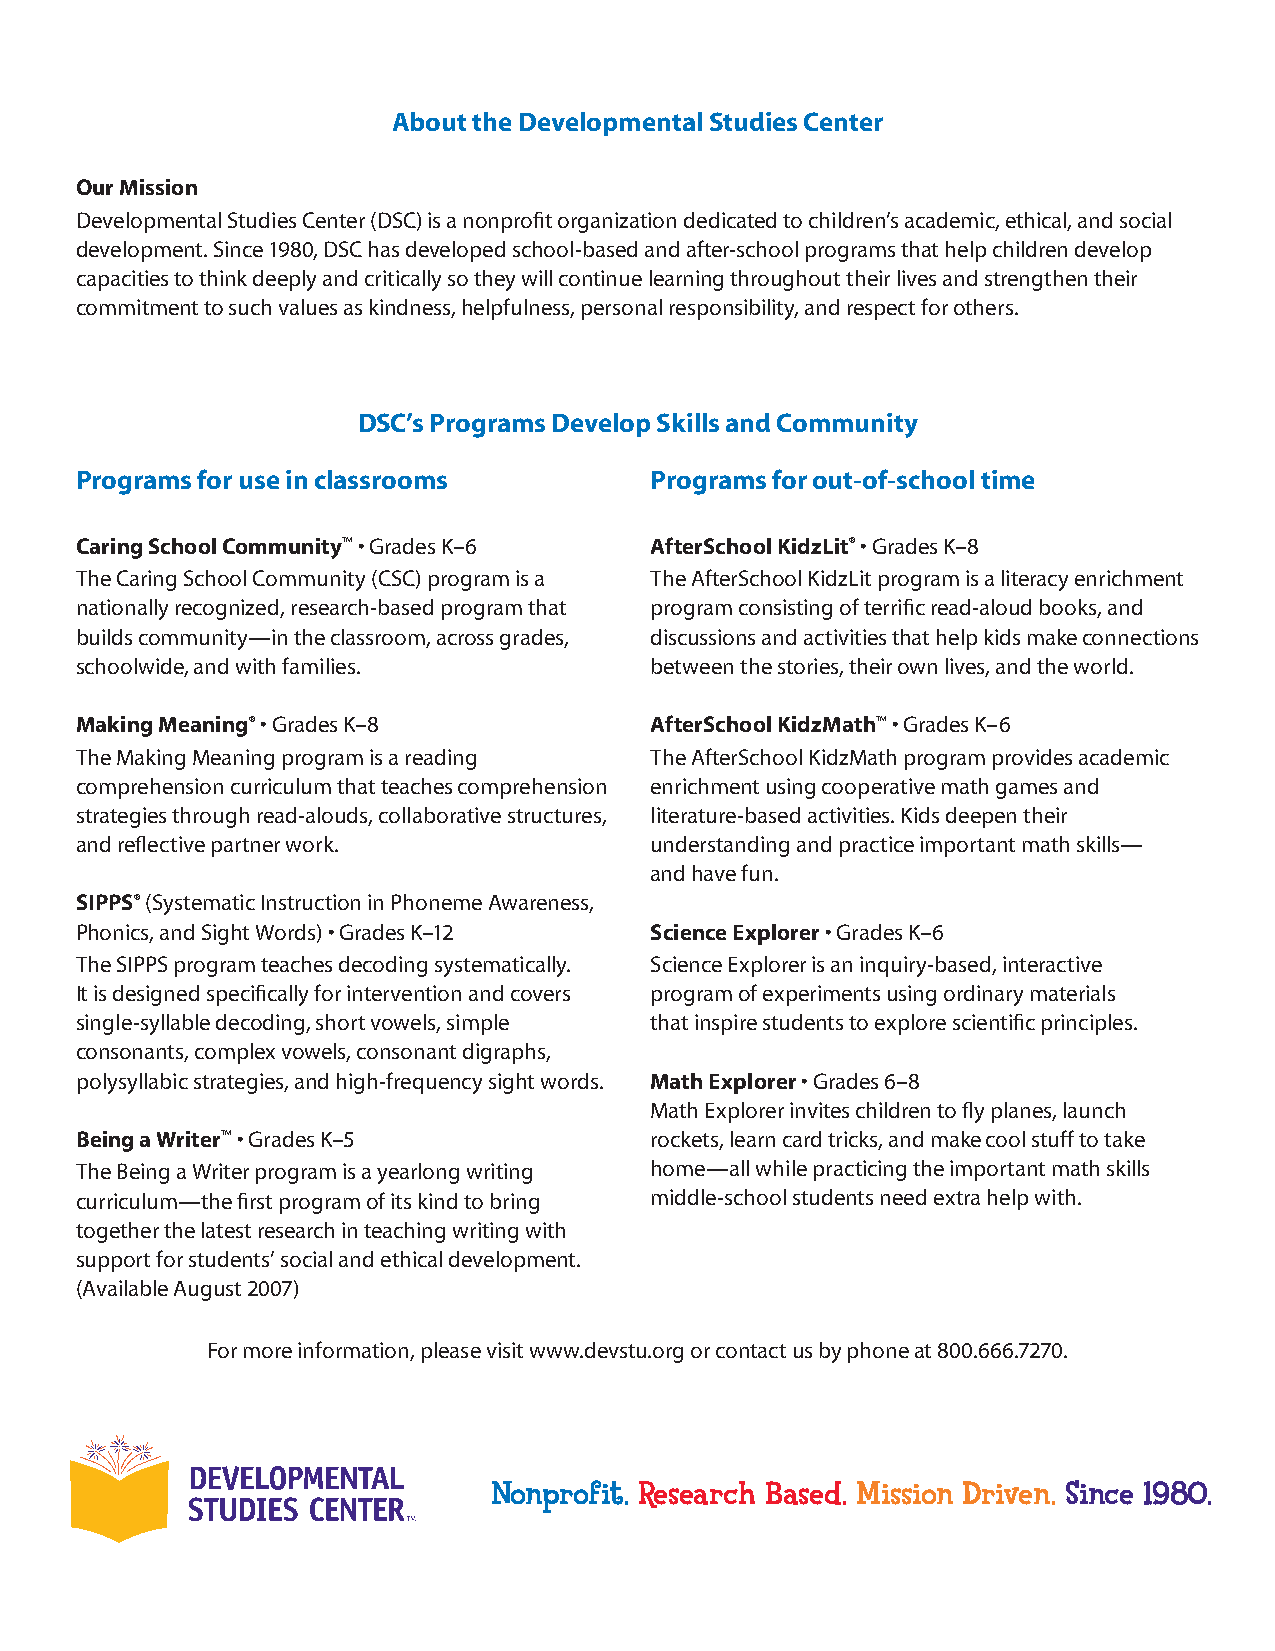
About the Developmental Studies Center
 Our Mission
 Developmental Studies Center (DSC) is a nonprofit organization dedicated to children’s academic, ethical, and social
 development. Since 1980, DSC has developed school-based and after-school programs that help children develop
 capacities to think deeply and critically so they will continue learning throughout their lives and strengthen their
 commitment to such values as kindness, helpfulness, personal responsibility, and respect for others.
 DSC’s Programs Develop Skills and Community
 Programs for use in classrooms        Programs for out-of-school time
 Caring School Community™ • Grades K–6 AfterSchool KidzLit® • Grades K–8
 The Caring School Community (CSC) program is a The AfterSchool KidzLit program is a literacy enrichment
 nationally recognized, research-based program that program consisting of terrific read-aloud books, and
 builds community—in the classroom, across grades, discussions and activities that help kids make connections
 schoolwide, and with families.        between the stories, their own lives, and the world.
 Making Meaning® • Grades K–8          AfterSchool KidzMath™ • Grades K–6
 The Making Meaning program is a reading The AfterSchool KidzMath program provides academic
 comprehension curriculum that teaches comprehension enrichment using cooperative math games and
 strategies through read-alouds, collaborative structures, literature-based activities. Kids deepen their
 and reflective partner work.          understanding and practice important math skills—
 and have fun.
 SIPPS® (Systematic Instruction in Phoneme Awareness,
 Phonics, and Sight Words) • Grades K–12 Science Explorer • Grades K–6
 The SIPPS program teaches decoding systematically. Science Explorer is an inquiry-based, interactive
 It is designed specifically for intervention and covers program of experiments using ordinary materials
 single-syllable decoding, short vowels, simple that inspire students to explore scientific principles.
 consonants, complex vowels, consonant digraphs,
 polysyllabic strategies, and high-frequency sight words. Math Explorer • Grades 6–8
 Math Explorer invites children to fly planes, launch
 Being a Writer™ • Grades K–5          rockets, learn card tricks, and make cool stuff to take
 The Being a Writer program is a yearlong writing home—all while practicing the important math skills
 curriculum—the first program of its kind to bring middle-school students need extra help with.
 together the latest research in teaching writing with
 support for students’ social and ethical development.
 (Available August 2007)
 For more information, please visit www.devstu.org or contact us by phone at 800.666.7270.
 Nonprofit. Research Based. Mission Driven. Since 1980.